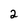
Character: 2